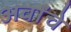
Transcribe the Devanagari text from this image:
अर्वांचे